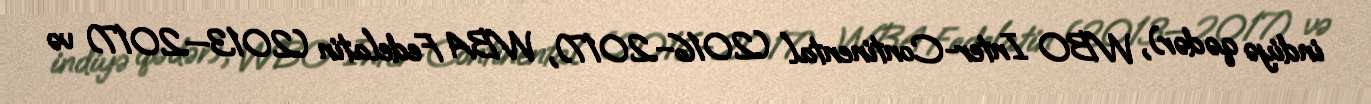
indiyə qədər), WBO Inter-Continental (2016–2017), WBA Fedelatin (2013—2017) və